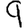
Digit: 9